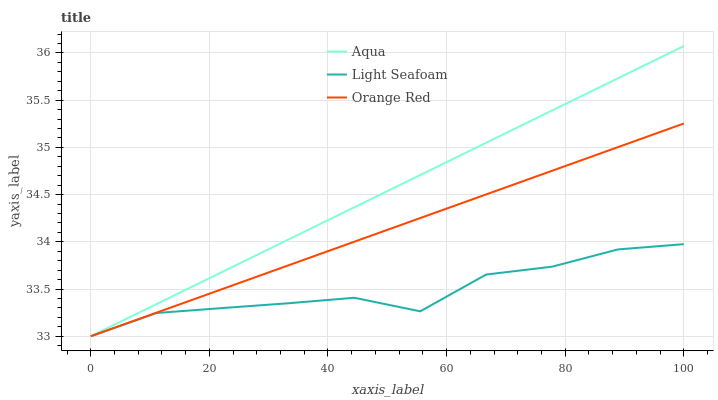
| xaxis_label | Aqua | Light Seafoam | Orange Red |
 | --- | --- | --- | --- |
 | 0 | 33 | 33 | 33 |
 | 11.1 | 33.3 | 33.2 | 33.3 |
 | 22.2 | 33.7 | 33.3 | 33.5 |
 | 33.3 | 34 | 33.3 | 33.8 |
 | 44.4 | 34.4 | 33.4 | 34 |
 | 55.6 | 34.7 | 33.3 | 34.3 |
 | 66.7 | 35 | 33.7 | 34.5 |
 | 77.8 | 35.4 | 33.7 | 34.8 |
 | 88.9 | 35.7 | 33.9 | 35 |
 | 100 | 36.1 | 34 | 35.3 |